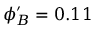
\phi _ { B } ^ { \prime } = 0 . 1 1